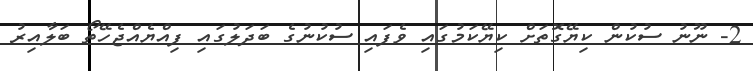
2- ނޫނު ސުކުން ކިޔޭގޮތަށް ކިޔޭކަމުގައި ވެފައި ސުކުނުގެ ބަދަލުގައި ފިއްޔެއްޖެހޭތޯ ބަލާއިރު